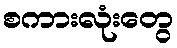
စကားလုံးတွေ